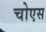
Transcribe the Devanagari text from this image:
चोएस